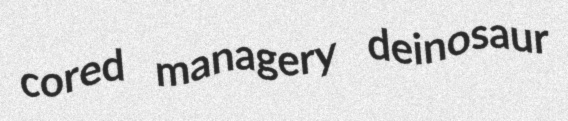
cored managery deinosaur